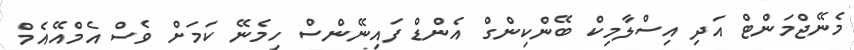
މެނޭޖްމަންޓް އަދި އިސްލާމިކް ބޭންކިންގް އެންޑް ފައިނޭންސް ހިމެނޭ ކަމަށް ވެސް އެމްއޭއެމް